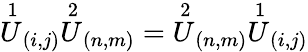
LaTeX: \stackrel{1}{U}_{(i,j)}\stackrel{2}{U}_{(n,m)}=\stackrel{2}{U}_{(n,m)}\stackrel{1}{U}_{(i,j)}